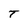
Character: T